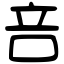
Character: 咅